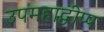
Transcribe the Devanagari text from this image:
उपमहाद्वीप्प